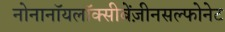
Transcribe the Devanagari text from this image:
नोनानॉयलॉक्सीबेंज़ीनसल्फोनेट